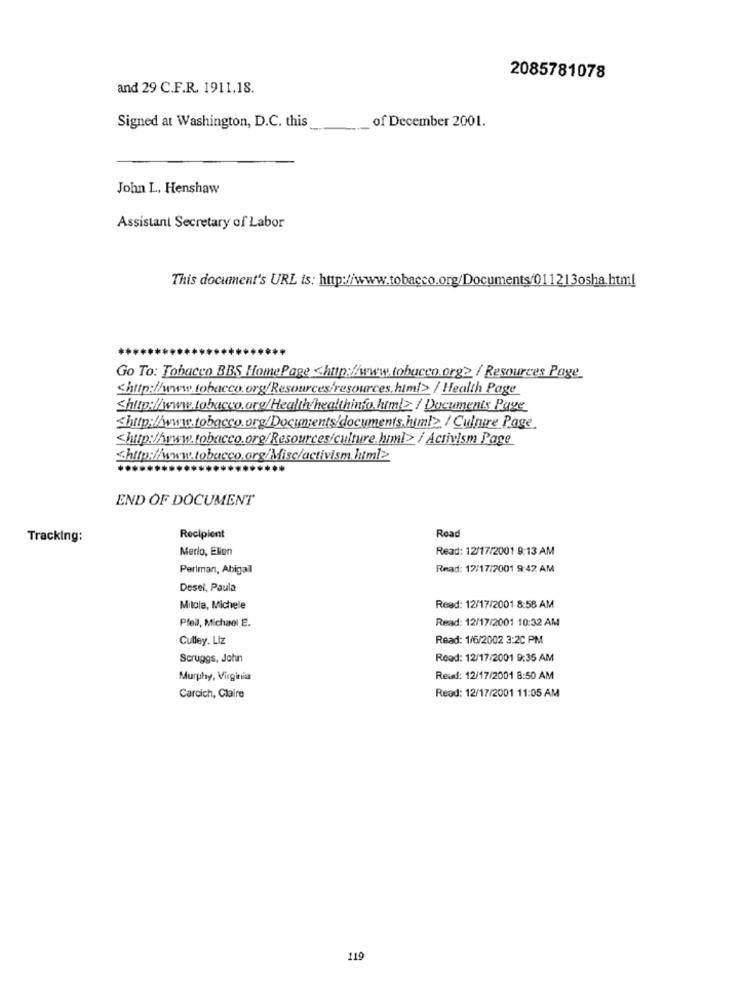
2085781078
and 29 C.F.R. 1911.18.
Signed at Washington, D.C. this
of December 2001.
John L. Henshaw
Assistant Secretary of Labor
This document's URL is: http://www.tobacco.org/Documents/011213osha.html
Go To: Tobacco BBS HomePage <http:/www.tobacco.org2 / Resources Page.
<http:/www.tobacco.org/Resources/resources.html> / Health Page
<http://www.tobacco.org/Health/healthinfo.html> / Documents Page_
<http:/www.tobacco.org/Documents/documents.himl2 / Culture Page
<http:/www.tobacco.org/Resources/culture.html> / Activism Page
<http://www.tobacco.org/Misc/activism.html>
END OF DOCUMENT
Road
Tracking:
Recipient
Merlo, Elien
Read: 12/17/2001 9:13 AM
Perlman, Abigail
Read: 12/17/2001 9:42 AM
Desel, Paula
Milola, Michele
Read: 12/17/2001 8:58 AM
Pfeil, Michael E.
Read: 12/17/2001 10:32 AM
Culley. Liz
Read: 1/6/2002 3:20 PM
Scruggs, John
Read: 12/17/2001 9:35 AM
Murphy, Virginia
Read: 12/17/2001 8:50 AM
Read: 12/17/2001 11:05 AM
Caroich, Claire
119